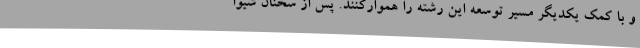
و با کمک یکدیگر مسیر توسعه این رشته را هموارکنند. پس از سخنان شیوا